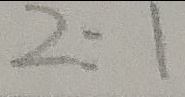
2 : 1